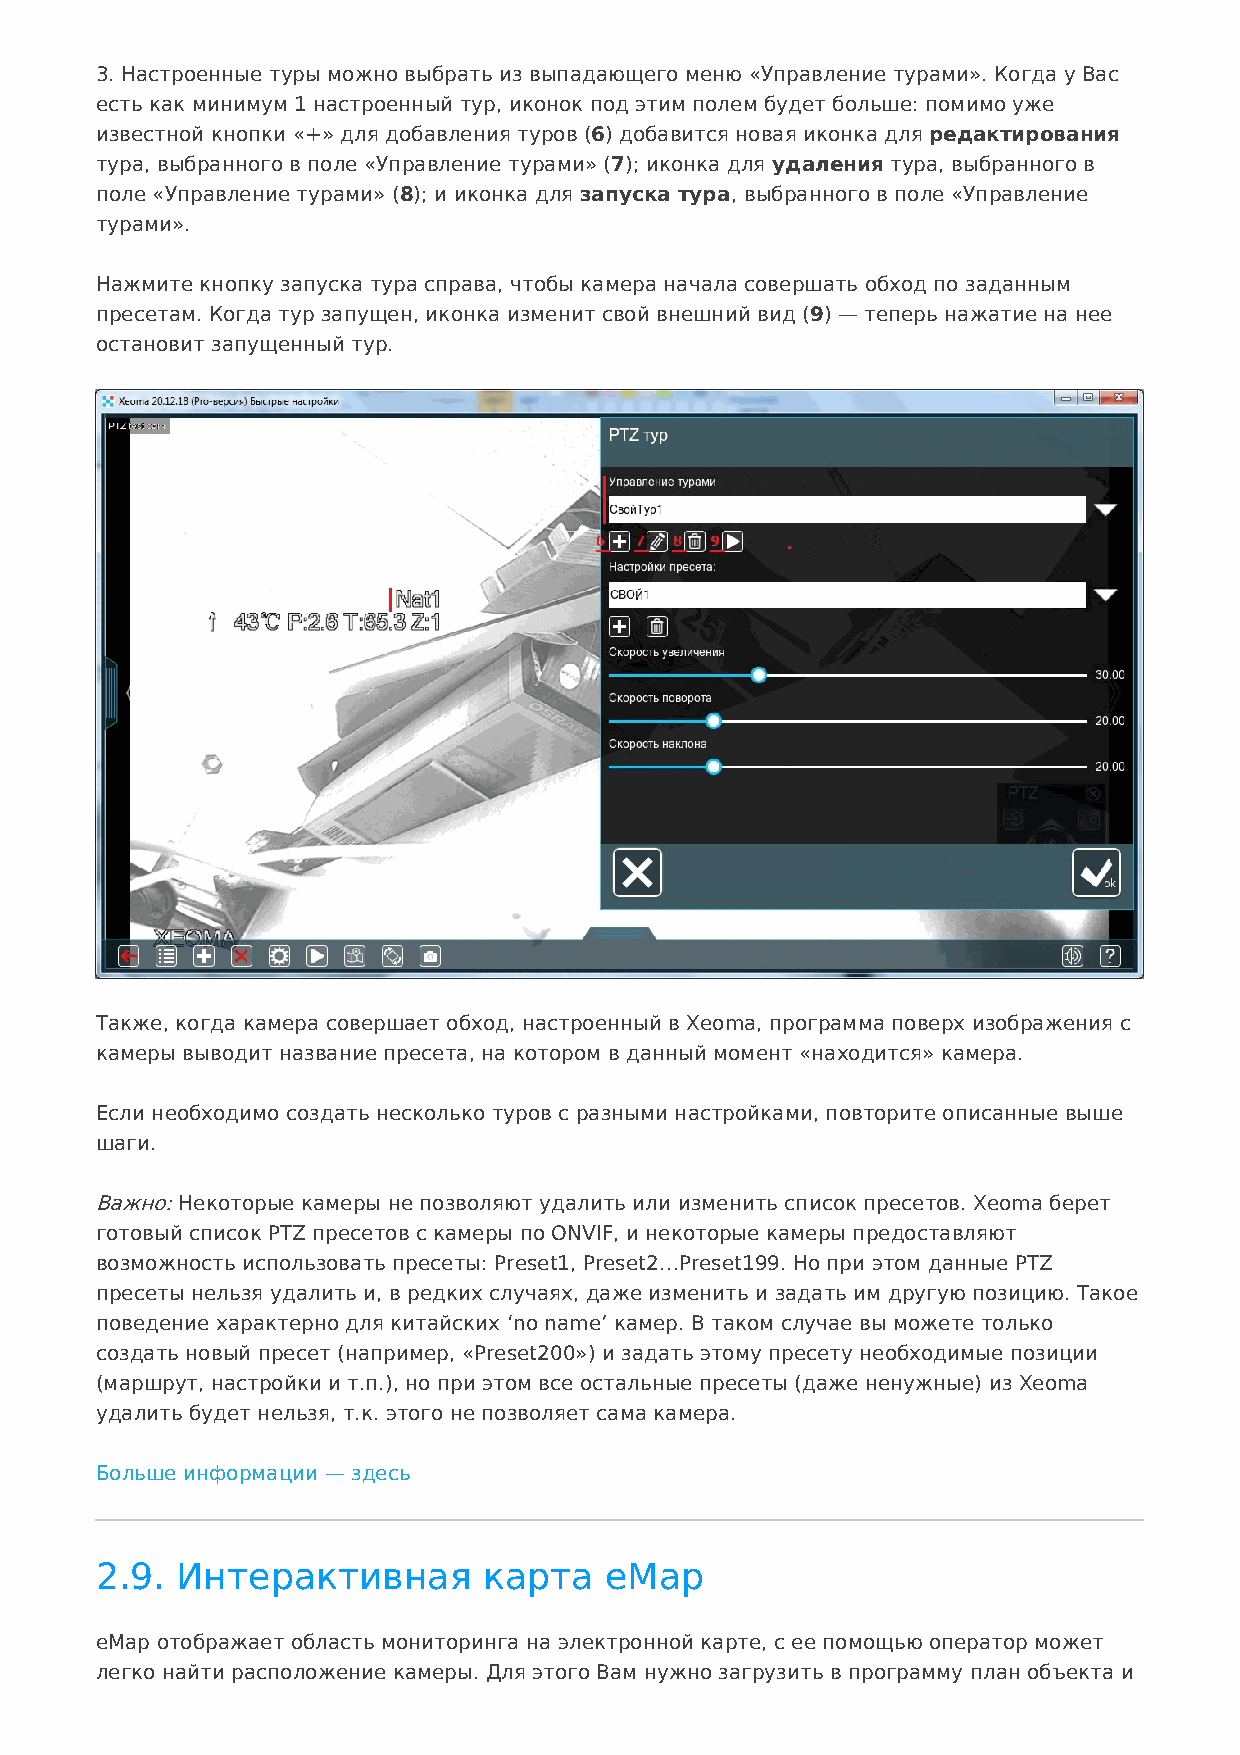
3. Настроенные туры можно выбрать из выпадающего меню «Управление турами». Когда у Вас
 есть как минимум 1 настроенный тур, иконок под этим полем будет больше: помимо уже
 известной кнопки «+» для добавления туров (6) добавится новая иконка для редактирования
 тура, выбранного в поле «Управление турами» (7); иконка для удаления тура, выбранного в
 поле «Управление турами» (8); и иконка для запуска тура, выбранного в поле «Управление
 турами».
 Нажмите кнопку запуска тура справа, чтобы камера начала совершать обход по заданным
 пресетам. Когда тур запущен, иконка изменит свой внешний вид (9) — теперь нажатие на нее
 остановит запущенный тур.
 Также, когда камера совершает обход, настроенный в Xeoma, программа поверх изображения с
 камеры выводит название пресета, на котором в данный момент «находится» камера.
 Если необходимо создать несколько туров с разными настройками, повторите описанные выше
 шаги.
 Важно: Некоторые камеры не позволяют удалить или изменить список пресетов. Xeoma берет
 готовый список PTZ пресетов с камеры по ONVIF, и некоторые камеры предоставляют
 возможность использовать пресеты: Preset1, Preset2…Preset199. Но при этом данные PTZ
 пресеты нельзя удалить и, в редких случаях, даже изменить и задать им другую позицию. Такое
 поведение характерно для китайских ‘no name’ камер. В таком случае вы можете только
 создать новый пресет (например, «Preset200») и задать этому пресету необходимые позиции
 (маршрут, настройки и т.п.), но при этом все остальные пресеты (даже ненужные) из Xeoma
 удалить будет нельзя, т.к. этого не позволяет сама камера.
 Больше информации — здесь
 2.9.  Интерактивная       карта   eMap
 eMap отображает область мониторинга на электронной карте, с ее помощью оператор может
 легко найти расположение камеры. Для этого Вам нужно загрузить в программу план объекта и